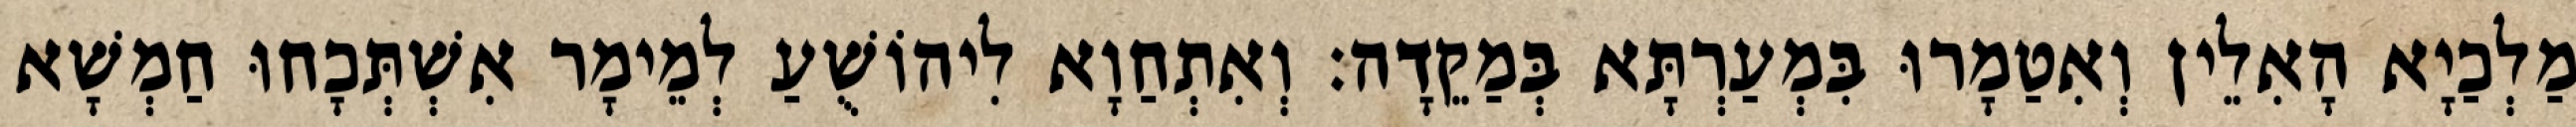
מַלְכַיָא הָאִלֵין וְאִטַמָרוּ בִּמְעַרְתָּא בְּמַקֵדָה׃ וְאִתְחַוָא לִיהוֹשֻׁעַ לְמֵימָר אִשְׁתְּכָחוּ חַמְשָׁא